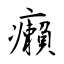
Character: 癩